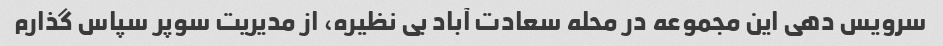
سرویس دهی این مجموعه در محله سعادت آباد بی نظیره، از مدیریت سوپر سپاس گذارم